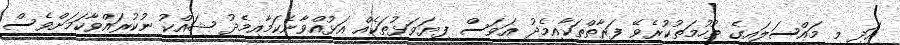
އަދި މި މައްސަލައިގެ ތުހުމަތުކުރެވޭ ފަރާތްތަކާއިމެދު އަވަސް ފިޔަވަޅުތަކެއް އަޅުއްވާނެކަމާއިމެދު ޝައްކު ނުކުރައްވާކަމަށްވެސް